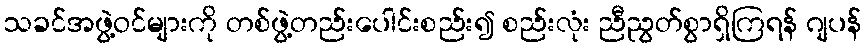
သခင်အဖွဲ့ဝင်များကို တစ်ဖွဲ့တည်းပေါင်းစည်း၍ စည်းလုံး ညီညွတ်စွာရှိကြရန် ဂျပန်